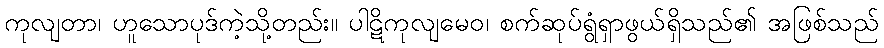
ကုလျတာ၊ ဟူသောပုဒ်ကဲ့သို့တည်း။ ပါဋိကုလျမေဝ၊ စက်ဆုပ်ရွံရှာဖွယ်ရှိသည်၏ အဖြစ်သည်